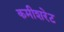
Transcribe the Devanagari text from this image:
कमीशरेट